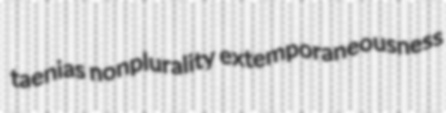
taenias nonplurality extemporaneousness